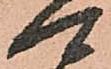
可